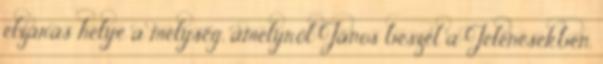
elzárás helye a mélység, amelyről János beszél a Jelenésekben,